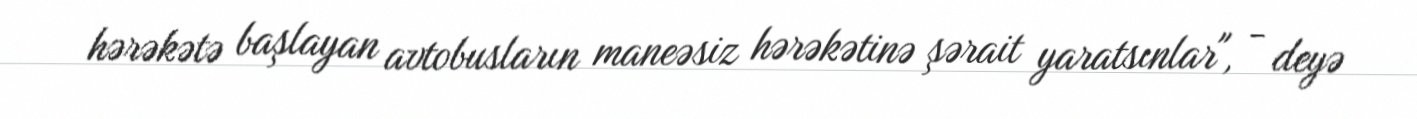
hərəkətə başlayan avtobusların maneəsiz hərəkətinə şərait yaratsınlar", - deyə